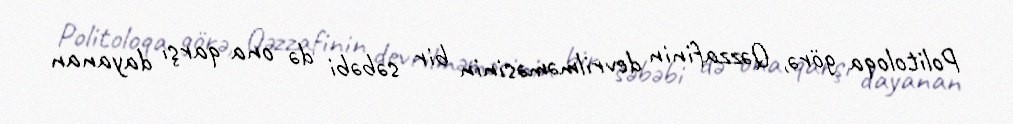
Politoloqa görə, Qəzzafinin devrilməməsinin bir səbəbi də ona qarşı dayanan